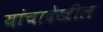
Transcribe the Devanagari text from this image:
यांचादेखील